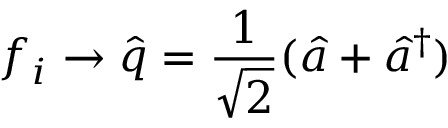
f _ { i } \rightarrow \hat { q } = \frac { 1 } { \sqrt { 2 } } ( \hat { a } + \hat { a } ^ { \dagger } )